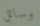
وسائل